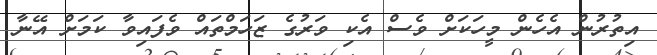
އިތުރުން އެހެން މީހަކަށް ވެސް އެކި ވަރުގެ ޒަހަމްތައް ވެފައިވާ ކަމަށް އޭނާ